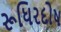
રૂધિરદોષ